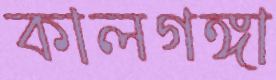
কালগঙ্গা